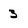
Character: 3